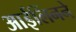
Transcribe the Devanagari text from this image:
आईर्लिनने